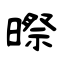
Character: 暩